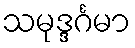
သမုဒ္ဒင်္ဂမာ